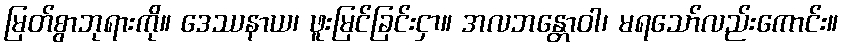
မြတ်စွာဘုရားကို။ ဒေဿနာယ၊ ဖူးမြင်ခြင်းငှာ။ အလဘန္တောဝါ၊ မရသော်လည်းကောင်း။